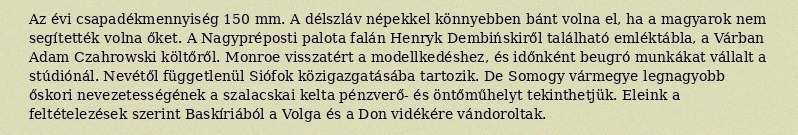
Az évi csapadékmennyiség 150 mm. A délszláv népekkel könnyebben bánt volna el, ha a magyarok nem segítették volna őket. A Nagypréposti palota falán Henryk Dembińskiről található emléktábla, a Várban Adam Czahrowski költőről. Monroe visszatért a modellkedéshez, és időnként beugró munkákat vállalt a stúdiónál. Nevétől függetlenül Siófok közigazgatásába tartozik. De Somogy vármegye legnagyobb őskori nevezetességének a szalacskai kelta pénzverő- és öntőműhelyt tekinthetjük. Eleink a feltételezések szerint Baskíriából a Volga és a Don vidékére vándoroltak.